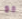
مع